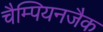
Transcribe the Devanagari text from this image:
चैम्पियनजैक